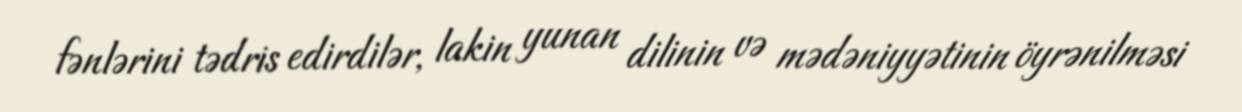
fənlərini tədris edirdilər, lakin yunan dilinin və mədəniyyətinin öyrənilməsi